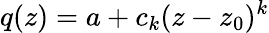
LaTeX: q(z)=a+c_{k}(z-z_{0})^{k}